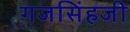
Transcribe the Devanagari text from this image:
गजसिंहजी